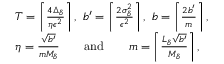
\begin{array} { r l } & { T = \left\lceil \frac { 4 \Delta _ { \delta } } { \eta \epsilon ^ { 2 } } \right\rceil , ~ b ^ { \prime } = \left\lceil \frac { 2 \sigma _ { \delta } ^ { 2 } } { \epsilon ^ { 2 } } \right\rceil , ~ b = \left\lceil \frac { 2 b ^ { \prime } } { m } \right\rceil , } \\ & { \eta = \frac { \sqrt { b ^ { \prime } } } { m M _ { \delta } } \qquad \mathrm { a n d } \qquad m = \left\lceil \frac { L _ { \delta } \sqrt { b ^ { \prime } } } { M _ { \delta } } \right\rceil , } \end{array}